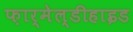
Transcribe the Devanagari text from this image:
फ़ार्मेल्डीहाइड